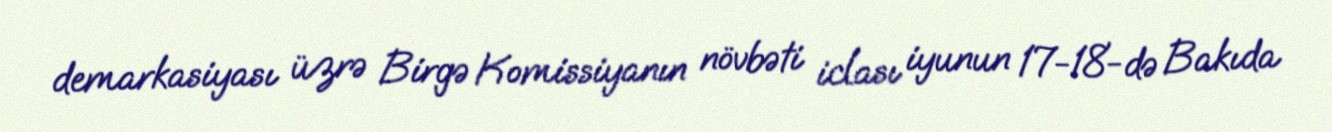
demarkasiyası üzrə Birgə Komissiyanın növbəti iclası iyunun 17-18-də Bakıda